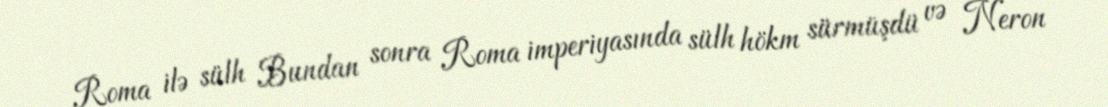
Roma ilə sülh Bundan sonra Roma imperiyasında sülh hökm sürmüşdü və Neron